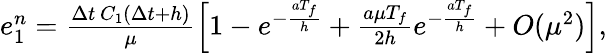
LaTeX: \begin{array}{r}{e_{1}^{n}=\frac{\Delta t\, C_{1}(\Delta t+h)}{\mu}\left[1-e^{-\frac{aT_{f}}{h}}+\frac{a\mu T_{f}}{2h}e^{-\frac{aT_{f}}{h}}+O(\mu^{2})\right],}\end{array}